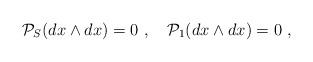
LaTeX: \begin{align*}{\cal P}_S(dx\wedge dx)=0\ ,\quad {\cal P}_1(dx\wedge dx)=0 \ ,\end{align*}